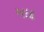
માદ